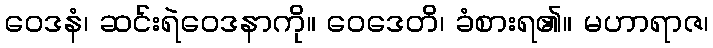
ဝေဒနံ၊ ဆင်းရဲဝေဒနာကို။ ဝေဒေတိ၊ ခံစားရ၏။ မဟာရာဇ၊